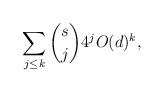
LaTeX: \begin{align*} \sum_{j \le k} \binom{s}{j} 4^{j} O (d)^{k}, \end{align*}